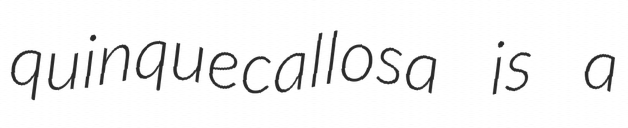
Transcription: quinquecallosa is a